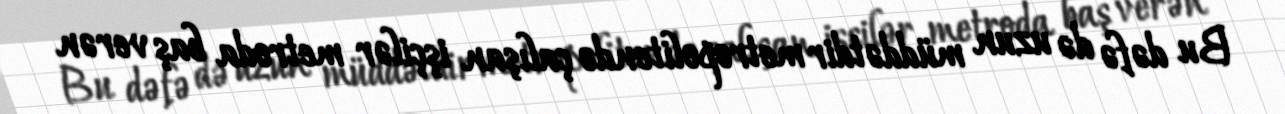
Bu dəfə də uzun müddətdir metropolitendə çalışan işçilər metroda baş verən